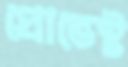
প্রোভেস্ট